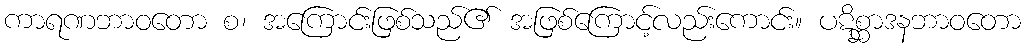
ကာရဏဘာဝတော စ၊ အကြောင်းဖြစ်သည်၏ အဖြစ်ကြောင့်လည်းကောင်း။ ပဋိစ္ဆာဒနဘာဝတော